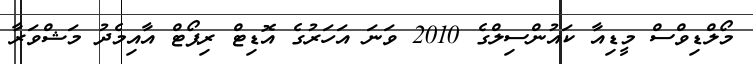
މޯލްޑިވްސް މީޑިއާ ކައުންސިލްގެ 2010 ވަނަ އަހަރުގެ އޮޑިޓް ރިޕޯޓް އާއިމެދު މަޝްވަރާ